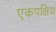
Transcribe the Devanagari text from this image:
एकपक्षिय